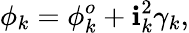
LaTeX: \phi_{k}=\phi_{k}^{o}+\mathbf{i}_{k}^{2}\gamma_{k},